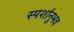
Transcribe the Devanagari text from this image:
स्पर्शानुभव